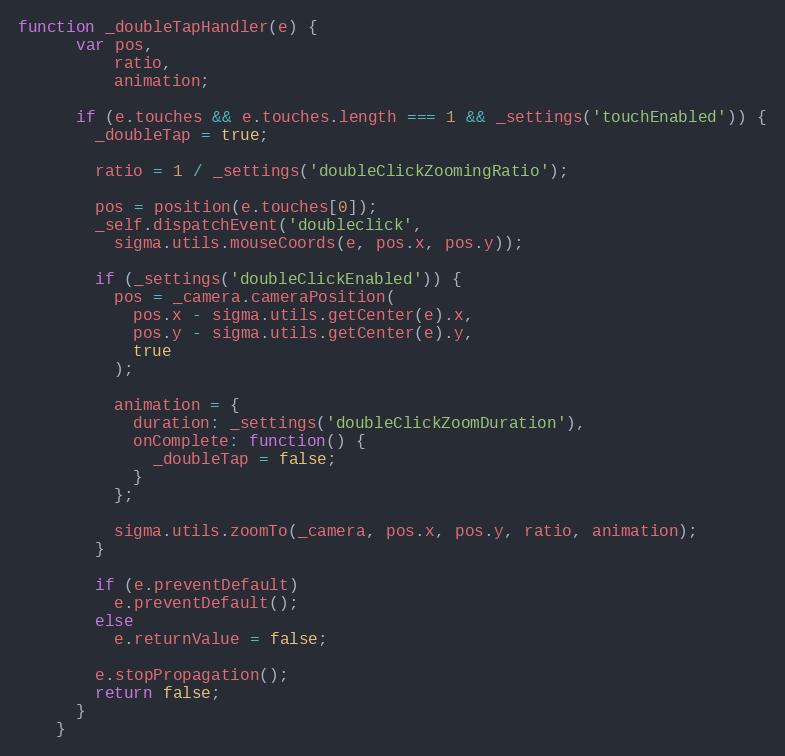
Language: JavaScript
function _doubleTapHandler(e) {
      var pos,
          ratio,
          animation;

      if (e.touches && e.touches.length === 1 && _settings('touchEnabled')) {
        _doubleTap = true;

        ratio = 1 / _settings('doubleClickZoomingRatio');

        pos = position(e.touches[0]);
        _self.dispatchEvent('doubleclick',
          sigma.utils.mouseCoords(e, pos.x, pos.y));

        if (_settings('doubleClickEnabled')) {
          pos = _camera.cameraPosition(
            pos.x - sigma.utils.getCenter(e).x,
            pos.y - sigma.utils.getCenter(e).y,
            true
          );

          animation = {
            duration: _settings('doubleClickZoomDuration'),
            onComplete: function() {
              _doubleTap = false;
            }
          };

          sigma.utils.zoomTo(_camera, pos.x, pos.y, ratio, animation);
        }

        if (e.preventDefault)
          e.preventDefault();
        else
          e.returnValue = false;

        e.stopPropagation();
        return false;
      }
    }